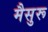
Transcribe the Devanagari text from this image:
मैसुरू